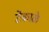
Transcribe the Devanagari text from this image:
टेकाळे